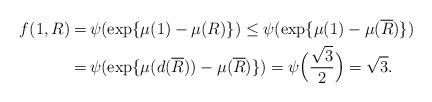
LaTeX: \begin{align*}f(1,R) =&\, \psi(\exp\{ \mu(1) - \mu(R) \})\leq \psi(\exp\{ \mu(1) - \mu(\overline R) \})\\ =&\, \psi(\exp\{ \mu(d(\overline R)) - \mu(\overline R) \})= \psi \Big( \frac{\sqrt{3}}{2} \Big) = \sqrt{3}.\end{align*}